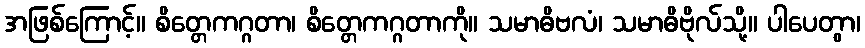
အဖြစ်ကြောင့်။ စိတ္တေကဂ္ဂတာ၊ စိတ္တေကဂ္ဂတာကို။ သမာဓိဗလံ၊ သမာဓိဗိုလ်သို့။ ပါပေတွာ၊